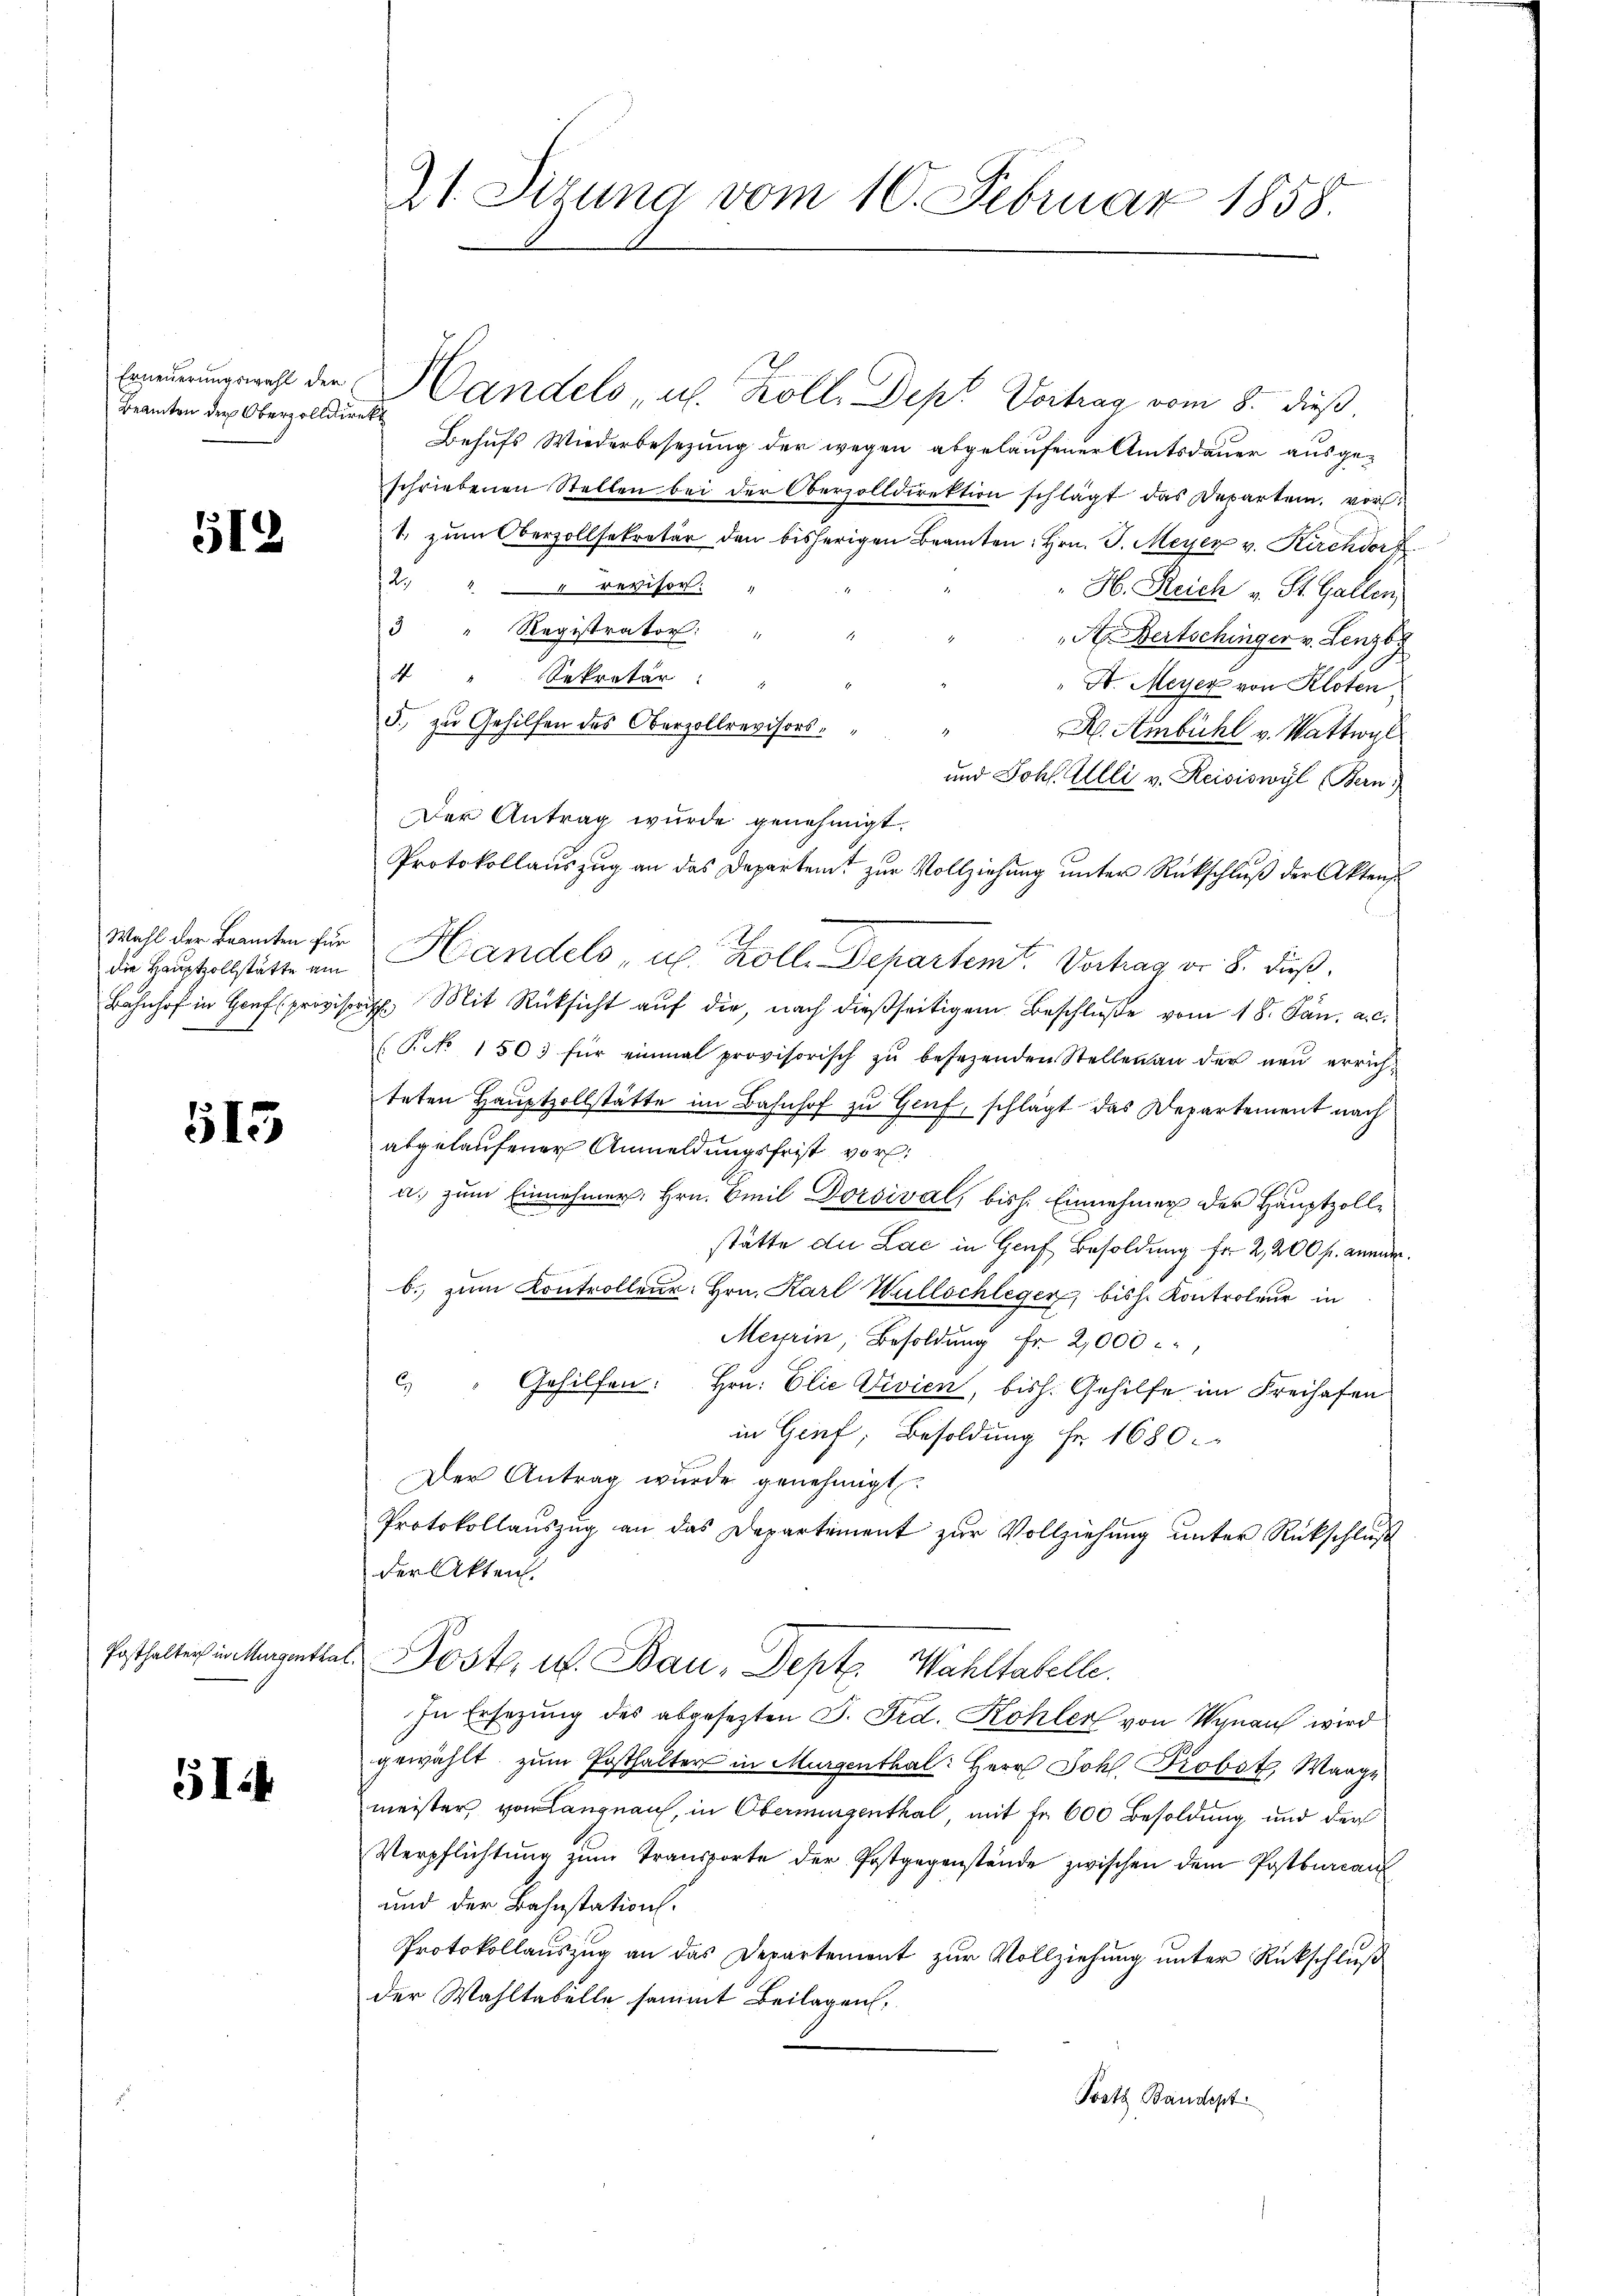
Beamten der Oberzolldirekt

512

die Hauptzollstätte am

515

514

21. Sizung vom 10. Februar 1858.

Erneurungsrecht der Handels u. Kolle Dept Vortrag vom 8. dieß.
Behufs Wiederbesezung der wegen abgelaufener Amtsdauer ausgeschriebenen Stellen bei der Oberzolldirektion schlägt das Departen, vor¬
1. zum Oberzollsekretär den bisherigen Beamten Hrn. J. Meyer v. Kirchdorf
12
" revisor: "
H. Reich v. St. Gallen,
3 " Registrator: "
A Bertschinger v. Lenzb
 " Sekretär: "
A. Meyer von Kloten,
5. zu Gehilfen des Oberzollrevisors
H. Ambühl v. Wattwyl
und Johs. Alli v. Reisiswyl Bern
Der Antrag wurde genehmigt.
Protokollauszug an das Departent zur Vollziehung unter Rückschluß der Aktens
Wohl der kannten für Handels- u. Kolle Departemt. Vortrag Fr. 8. Fuß.
Bahnhof in Hof provisor Mit Rücksicht aŭf die, nach dießseitigem Beschlŭβe vom 18. Jan. a. c.
(Pct. 150 für einmal provisorisch zŭ besezenden Stellen an der neŭ errichteten Hauptzollstätte im Bahnhof zu Genf, schlägt das Departement nach
abgelaufener Anmeldungsfrist vor.
u. zum Einnehmer, Hrn. Emil Doroival, bish. Einnehmer der Hauptzolle
stätte die Lac in Genf Besoldung fr 2,200 fr. Anm.
b. zŭm Kontrolleur. Hrn. Karl Willschleger, bish. Kontroleur in
Meyrin, Besoldung Fr. 2,000
) " Gehilfen: Hrn. Elie Divien, bish. Gehilfe im Freihafen
in Genf, Besoldung Fr. 1680.
Der Antrag wurde genehmigt.
Protokollauszug an das Departement zur Vollziehung unter Rückschluß
der Akten.
festhalten in Ungentiel Post, u. Bau-Dept. Wahltatelle.
In Ersezung des abgesezten J. Frd. Kohler von Wynau wird
gewählt zum Ersthalter in Murgenthal: Herr Joh. Probst, Waage
meister von Langnau, in Obermingenthal, mit Fr. 600 Besoldung und der
Verpflichtŭng zŭm Transporte der Postgegenstände zwischen dem Postburcan
und der Bahnstation.
Protokollauszug an das Departement zur Vollziehung unter Rückschluß
der Wahltabelle sammt Beilagen,
Posts Baudept